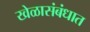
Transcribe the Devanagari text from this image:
खेळासंबंधात